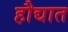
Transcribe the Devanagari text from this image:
हौद्यात